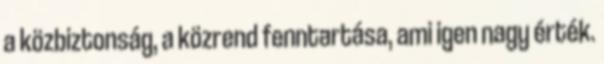
a közbiztonság, a közrend fenntartása, ami igen nagy érték.